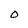
Character: O